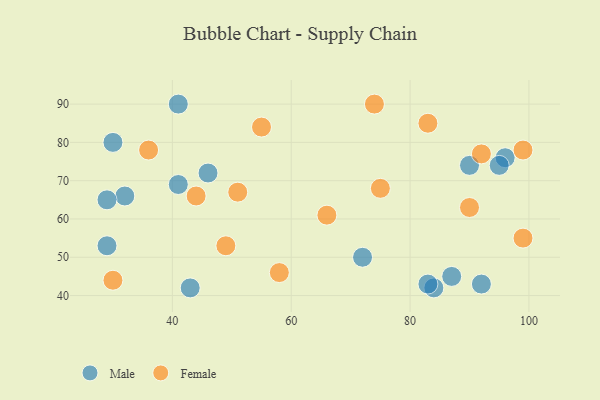
{"axis": {"x": "GDP", "y": "Life Expectancy"}, "legend": ["Female", "Male"], "data": [{"x": "29", "y": 53, "type": "Male"}, {"x": "43", "y": 42, "type": "Male"}, {"x": "90", "y": 74, "type": "Male"}, {"x": "96", "y": 76, "type": "Male"}, {"x": "30", "y": 80, "type": "Male"}, {"x": "84", "y": 42, "type": "Male"}, {"x": "32", "y": 66, "type": "Male"}, {"x": "92", "y": 43, "type": "Male"}, {"x": "95", "y": 74, "type": "Male"}, {"x": "87", "y": 45, "type": "Male"}, {"x": "46", "y": 72, "type": "Male"}, {"x": "29", "y": 65, "type": "Male"}, {"x": "83", "y": 43, "type": "Male"}, {"x": "72", "y": 50, "type": "Male"}, {"x": "41", "y": 90, "type": "Male"}, {"x": "41", "y": 69, "type": "Male"}, {"x": "92", "y": 77, "type": "Female"}, {"x": "49", "y": 53, "type": "Female"}, {"x": "83", "y": 85, "type": "Female"}, {"x": "30", "y": 44, "type": "Female"}, {"x": "74", "y": 90, "type": "Female"}, {"x": "44", "y": 66, "type": "Female"}, {"x": "90", "y": 63, "type": "Female"}, {"x": "75", "y": 68, "type": "Female"}, {"x": "99", "y": 55, "type": "Female"}, {"x": "36", "y": 78, "type": "Female"}, {"x": "66", "y": 61, "type": "Female"}, {"x": "55", "y": 84, "type": "Female"}, {"x": "58", "y": 46, "type": "Female"}, {"x": "51", "y": 67, "type": "Female"}, {"x": "99", "y": 78, "type": "Female"}]}